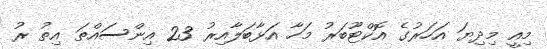
މިއީ މިދިޔަ އަހަރުގެ އޮކްޓޫބަރު މަހާ އަޅާބަލާއިރު 23 އިންސައްތަ އިތު ރު